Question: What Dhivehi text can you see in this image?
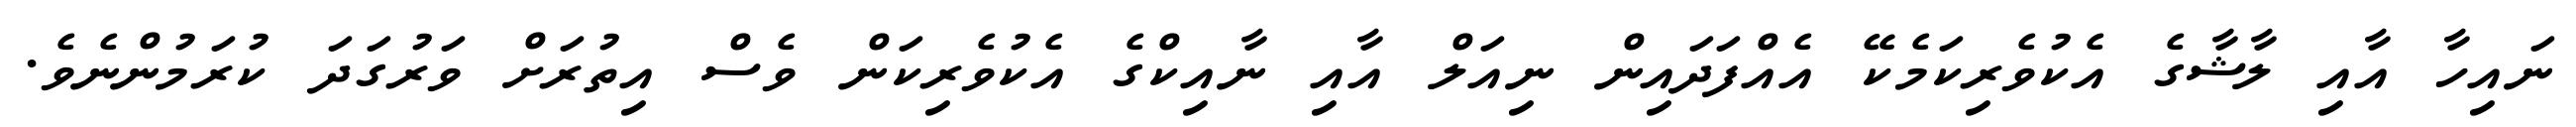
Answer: ނައިހާ އާއި ލާޝާގެ އެކުވެރިކަމެކޭ އެއްފަދައިން ނިއަލް އާއި ނާއިކްގެ އެކުވެރިކަން ވެސް އިތުރަށް ވަރުގަދަ ކުރަމުންނެވެ.